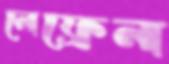
নেফ্রেন